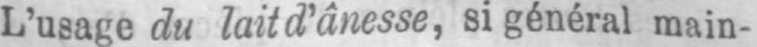
L’usage du lait d’ânesse, si général main-